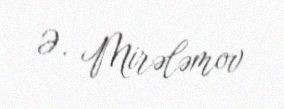
Ə. Mirələmov